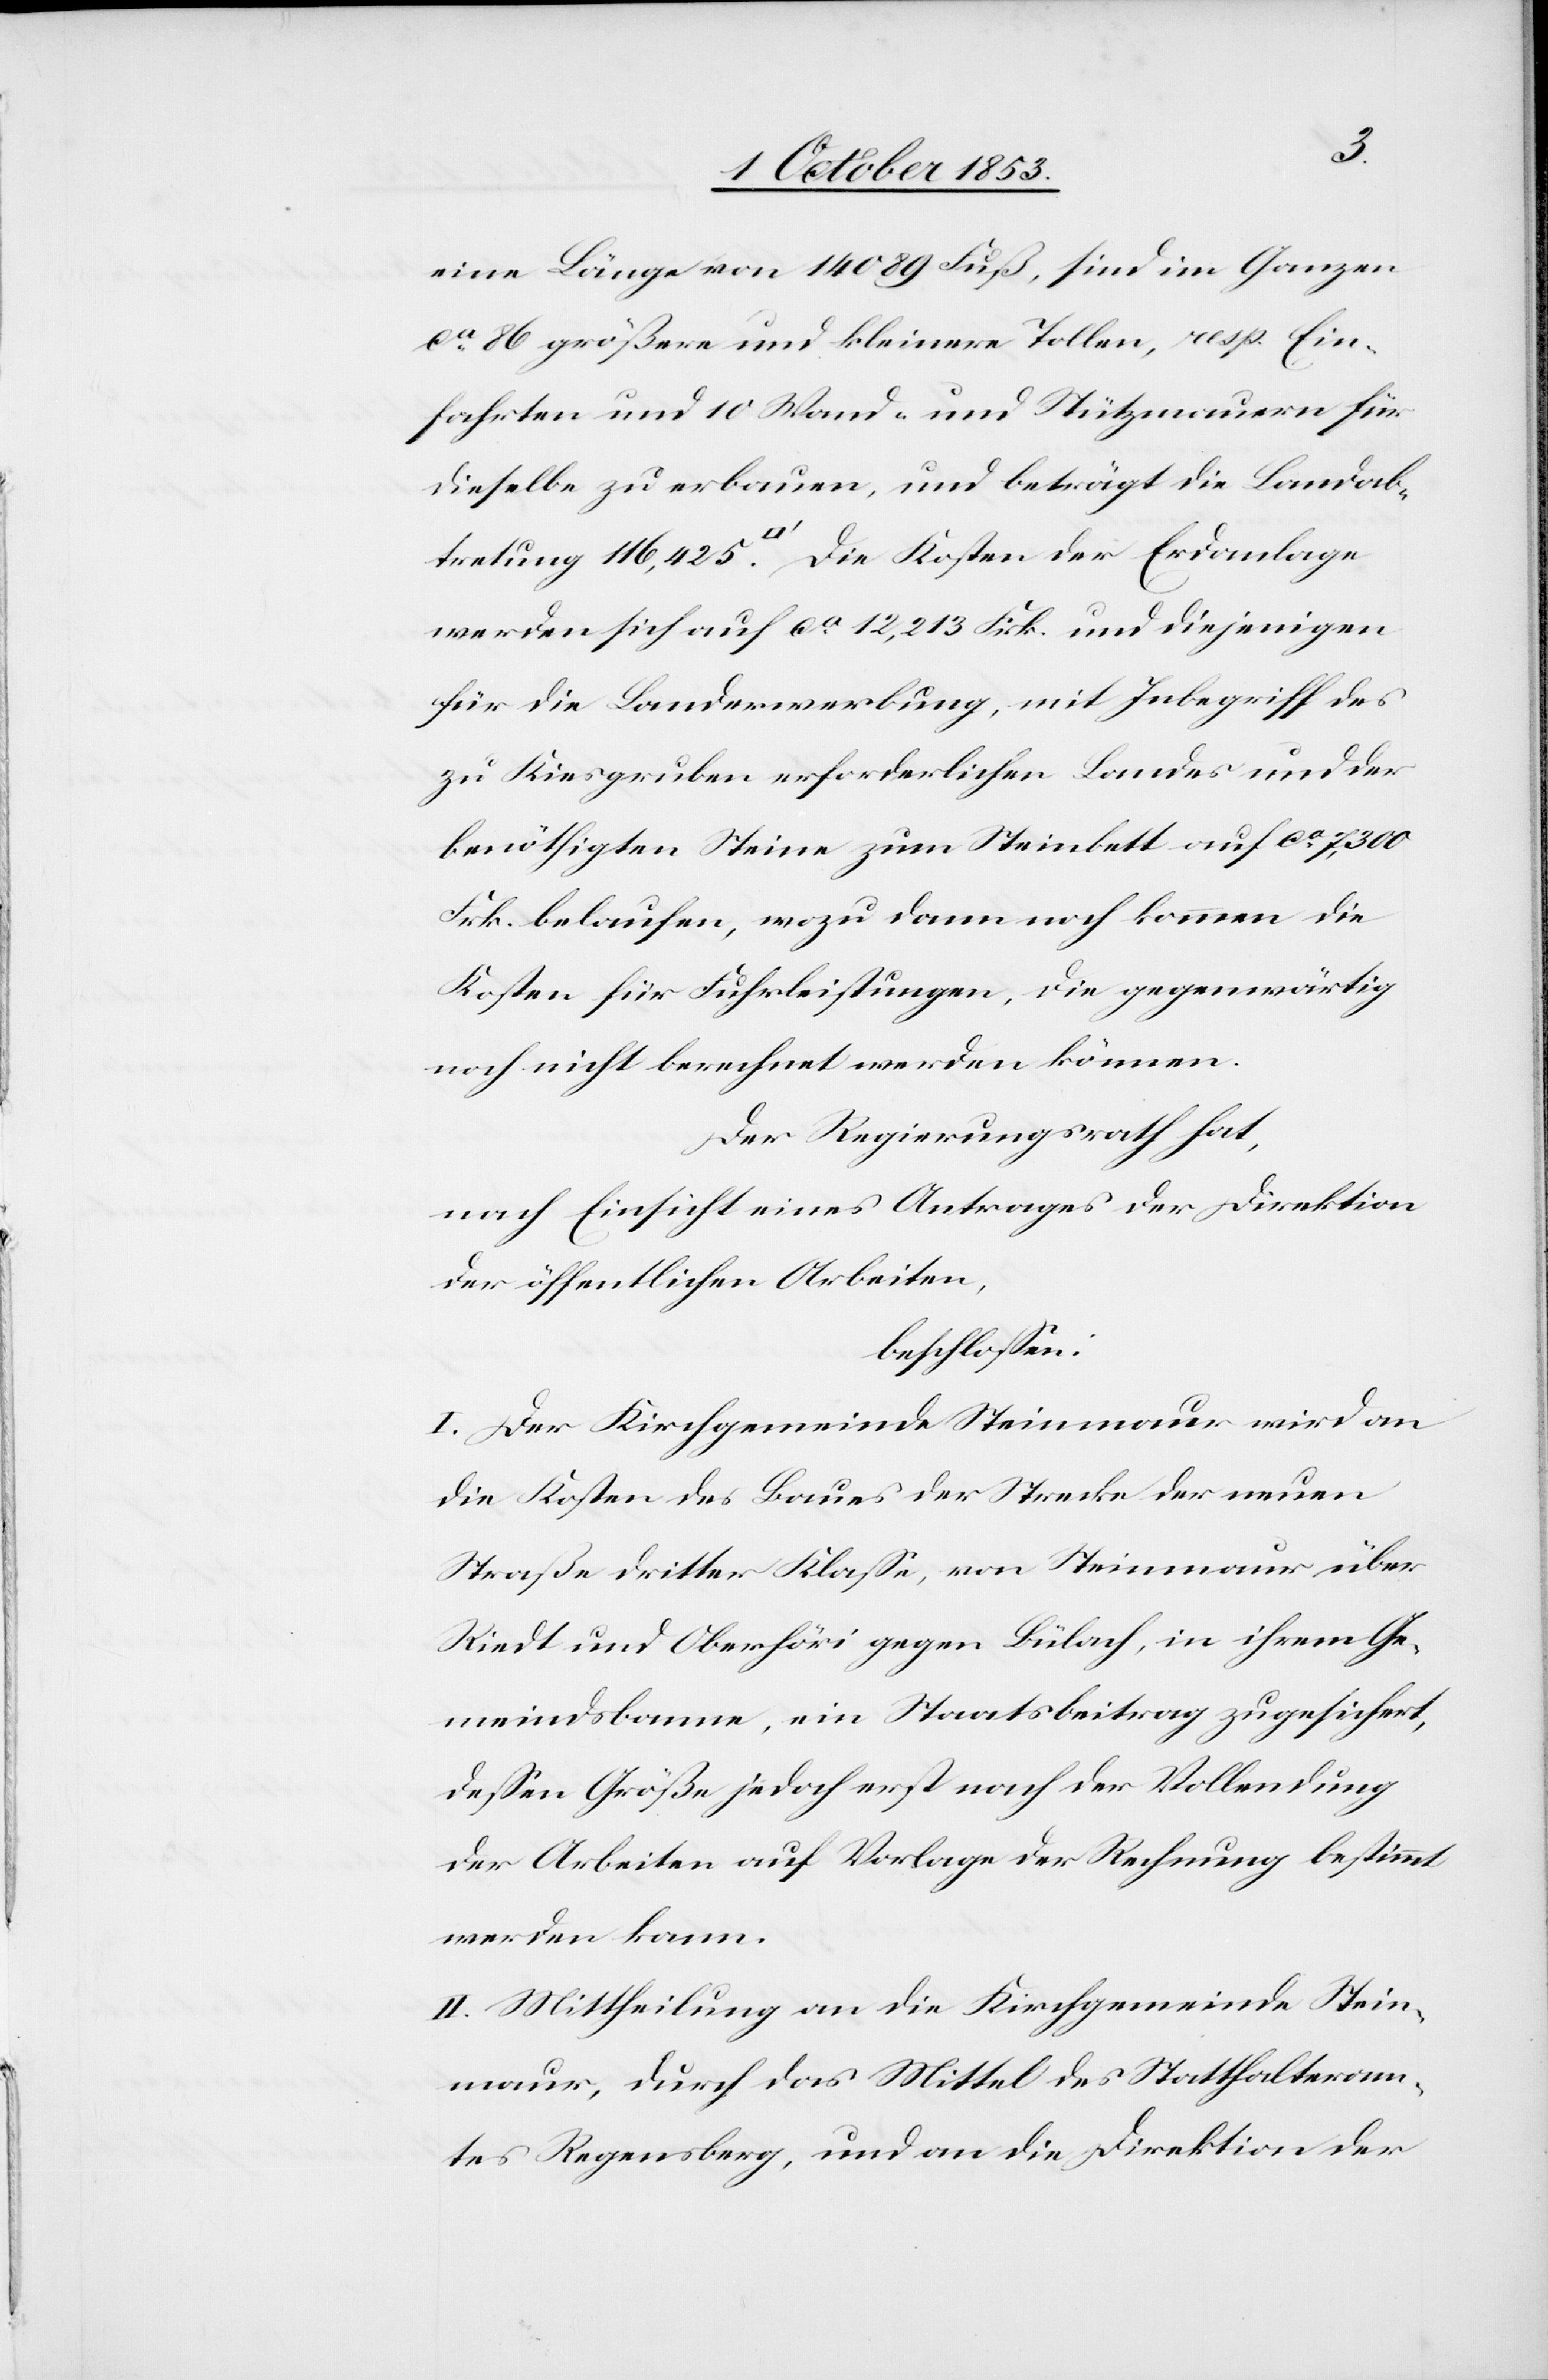
eine Länge von 14 089 Fuß, sind im Ganzen
ca 86 größere und kleinere Tollen, resp. Ein¬
fahrten und 10 Wand- und Stützmauern für
dieselbe zu erbauen, und beträgt die Landab¬
tretung 116,425 [Quadratfuß]. Die Kosten der Erdanlage
werden sich auf ca 12,213 Frk. und diejenigen
für die Landerwerbung, mit Inbegriff des
zu Kiesgruben erforderlichen Landes und der
benöthigten Steine zum Steinbett auf ca 7,300
Frk. belaufen, wozu dann noch kommen die
Kosten für Fuhrleistungen, die gegenwärtig
noch nicht berechnet werden können.
Der Regierungsrath hat,
nach Einsicht eines Antrages der Direktion
der öffentlichen Arbeiten,
beschloßen:
I. Der Kirchgemeinde Steinmaur wird an
die Kosten des Baues der Strecke der neuen
Straße dritter Klaße, von Steinmaur über
Riedt und Oberhöri gegen Bülach, in ihrem Ge¬
meindsbann, ein Staatsbeitrag zugesichert,
deßen Größe jedoch erst nach der Vollendung
der Arbeiten auf Vorlage der Rechnung bestimmt
werden kann.
II. Mittheilung an die Kirchgemeinde Stein¬
maur, durch das Mittel des Statthalteram¬
tes Regensberg, und an die Direktion der